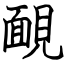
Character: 靦